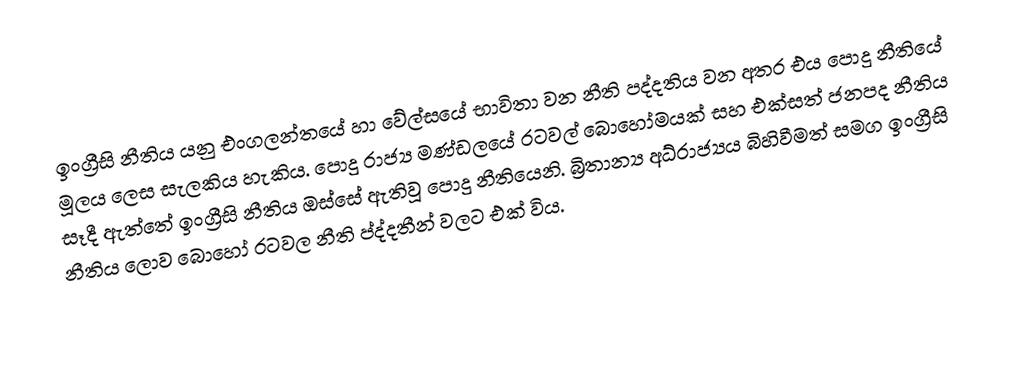
ඉංග්‍රීසි නීතිය යනු එංගලන්තයේ හා වේල්සයේ භාවිතා වන නීති පද්දතිය වන අතර එය පොදු නීතියේ මූලය ලෙස සැලකිය හැකිය. පොදු රාජ්‍ය මණ්ඩලයේ රටවල් බොහෝමයක් සහ එක්සත් ජනපද නීතිය සෑදී ඇත්තේ ඉංග්‍රීසි නීතිය ඔස්සේ ඇතිවූ පොදු නීතියෙනි. බ්‍රිතාන්‍ය අධ්රාජ්‍යය බිහිවීමත් සමග ඉංග්‍රීසි නීතිය ලොව බොහෝ රටවල  නීති ප්ද්දතීන් වලට එක් විය.